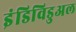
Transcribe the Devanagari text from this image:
इंडिविडुअल